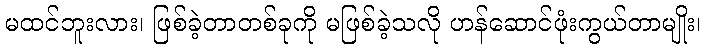
မထင်ဘူးလား၊ ဖြစ်ခဲ့တာတစ်ခုကို မဖြစ်ခဲ့သလို ဟန်ဆောင်ဖုံးကွယ်တာမျိုး၊